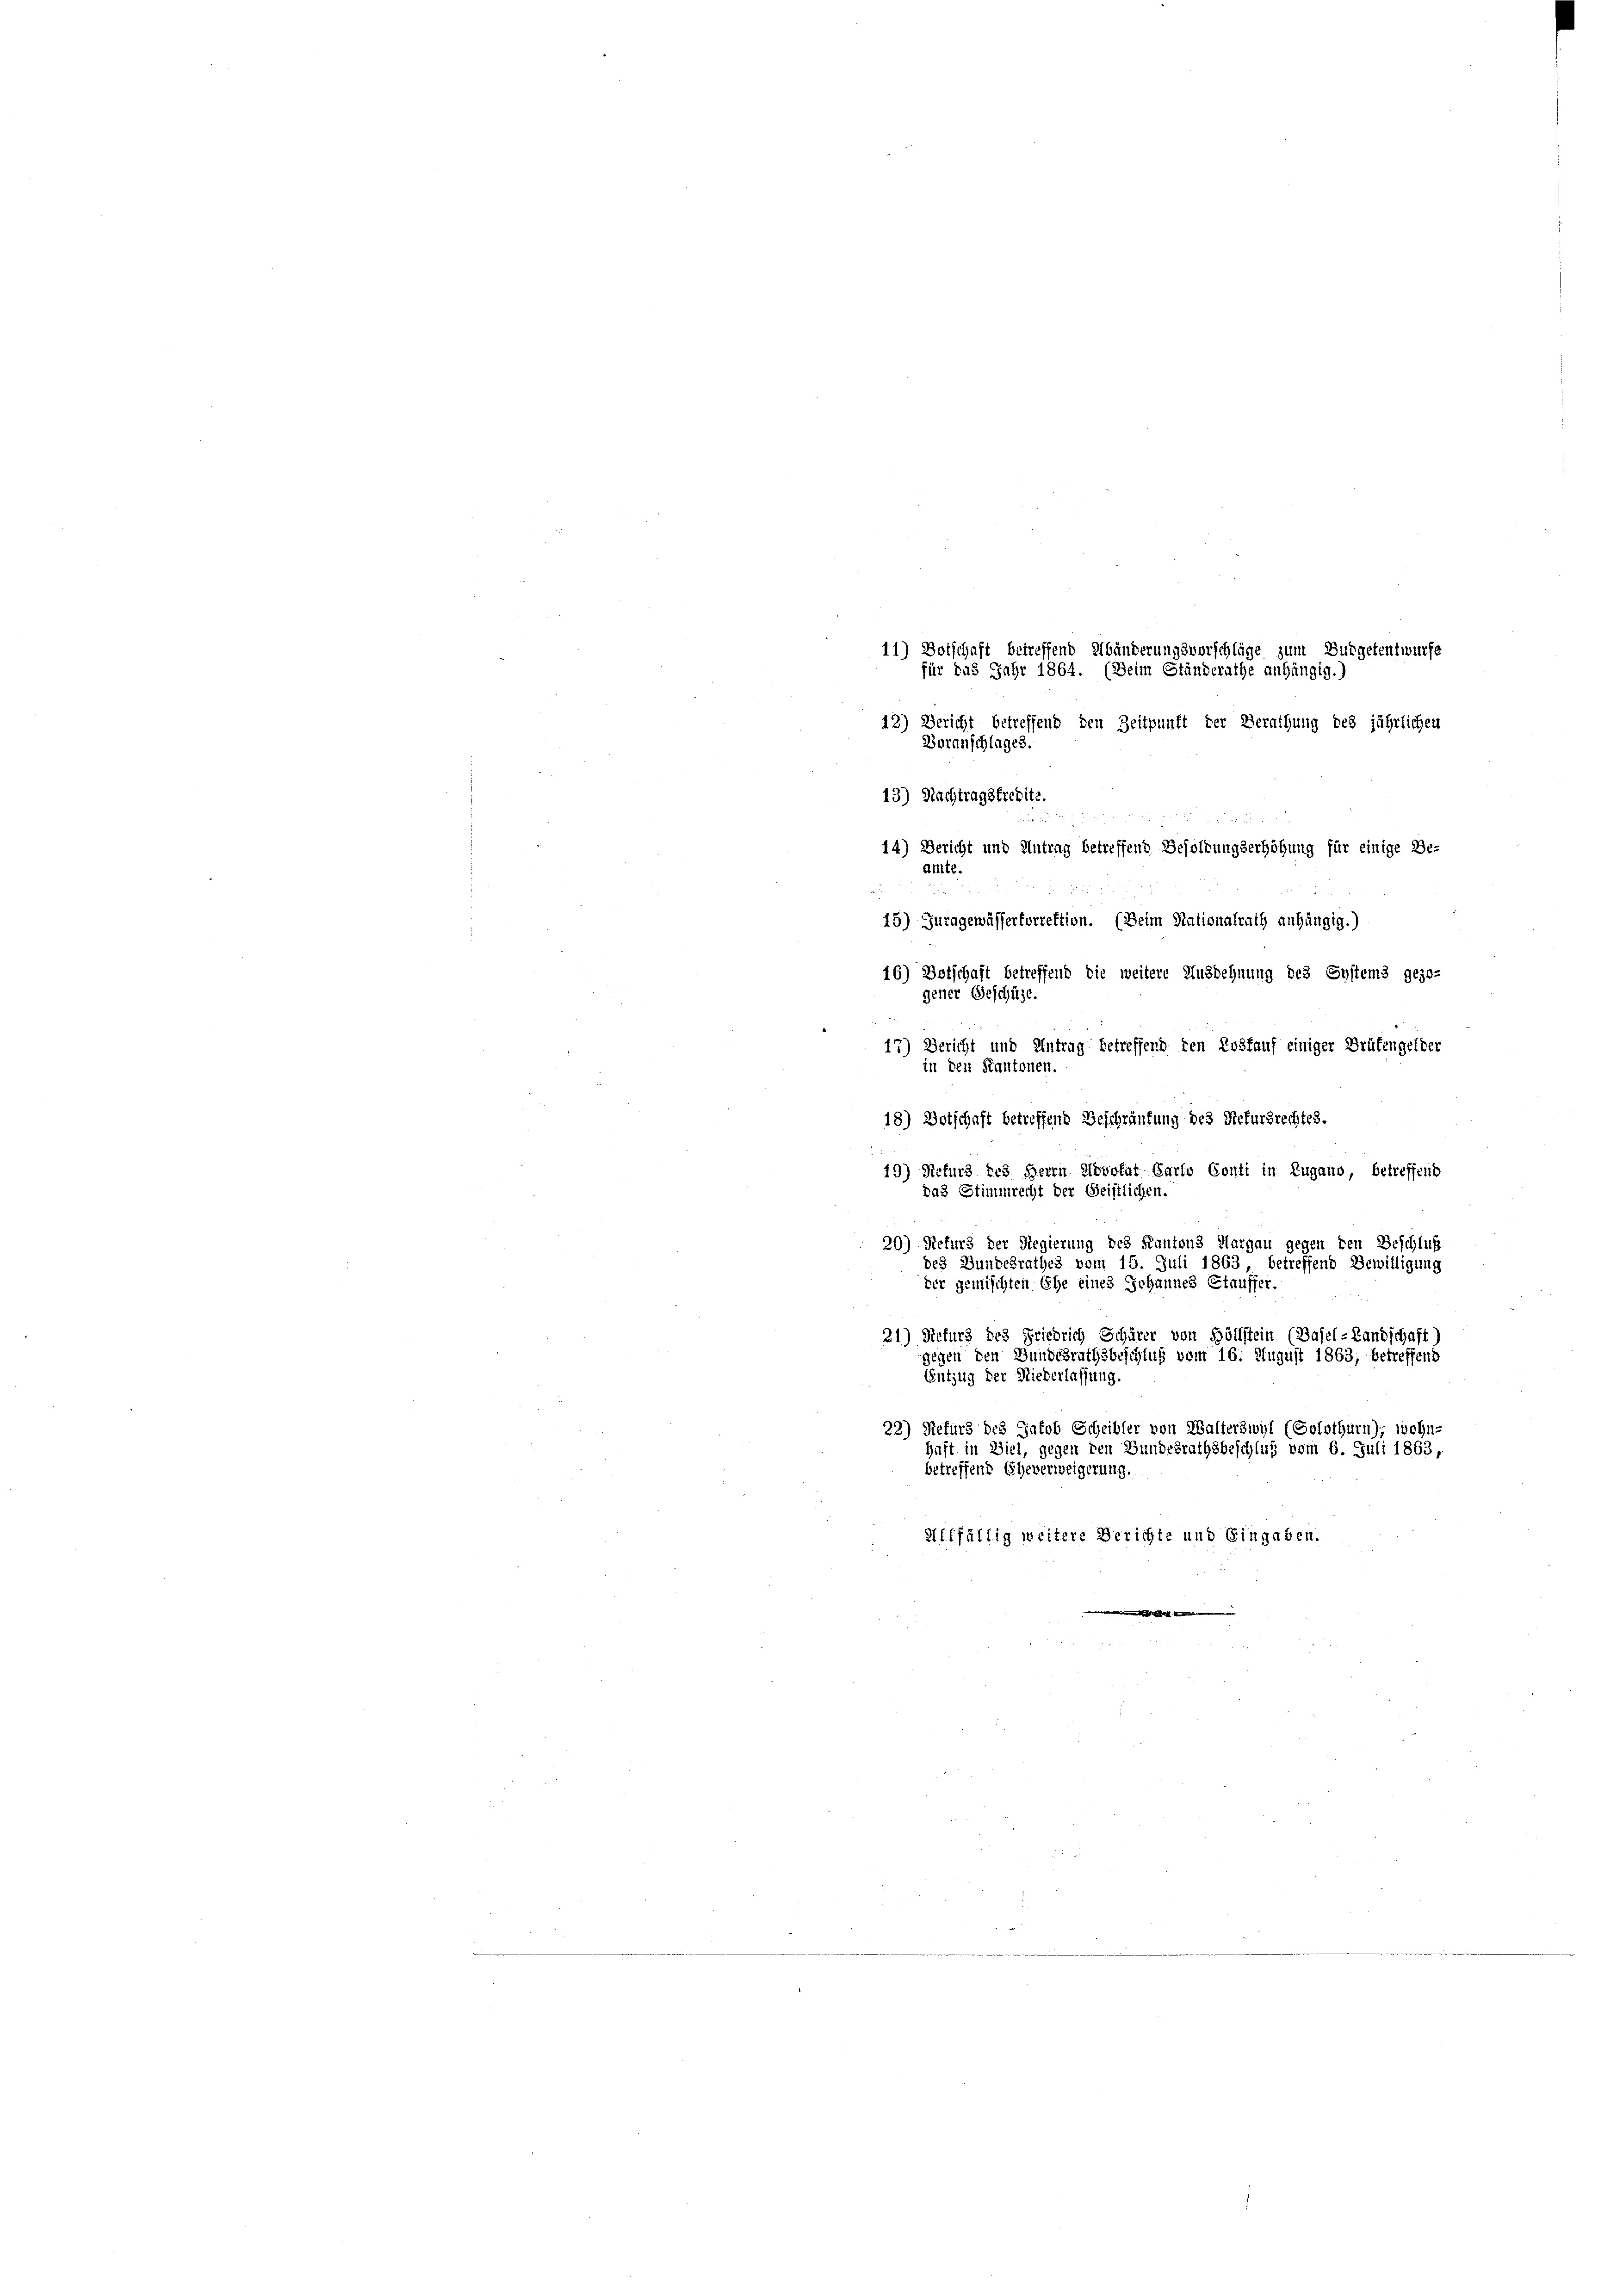
11) Botschaft
betreffend Abänderungsvorschläge zum Burgetentwurfe
für das Jahr 1864. (Beim Ständerathe anhängig.)
12) 23.
ht betreffend den Zeitpunft der Berathung des jährlichen
Voranschlages.
13) Nachtragsfredite.
14) Bericht und Antrag betreffend Besoldungserhöhung für einige Be-
amte.
15) Juragewässertorrektion. (Beim Stationalrath anhängig.)
16) Botschaft betreffend die weitere Ausdehnung des Systems gezo-
gener Geschütze.
17) Bericht und Antrag betreffend den Loskauf einiger Brüfengelter
in den Kantonen.
18) Wotschaft betreffend Beschränkung des Rekursrechtes.
19) Nefurs des Herrn Advokat Carlo Conti in Zugano betreffend
das Stimmrecht der Geistlichen.
20) Refurs der Regierung des Kantons Aargau gegen den Beschluß
des Bundesrathes vom 15. Juli 1863, betreffend Bewilligung
der gemischten Ehe eines Johannes Stauffer.
21) Neturs des Friedrich Schürer von Höllstein (Basel-Landschaft)
gegen den Bundesrathsbeschluß vom 16. August 1863, betreffend
Entzug der Niederlassung.
32) Sefurs des Jakob Scheibler von Walterswyl (Solothurn), wohn-
haft in Ziel, gegen den Gundesrathsbeschluß vom 6. Juli 1863,
betreffend Eheverweigerung.
Allfällig weitere Berichte und Gingaben.